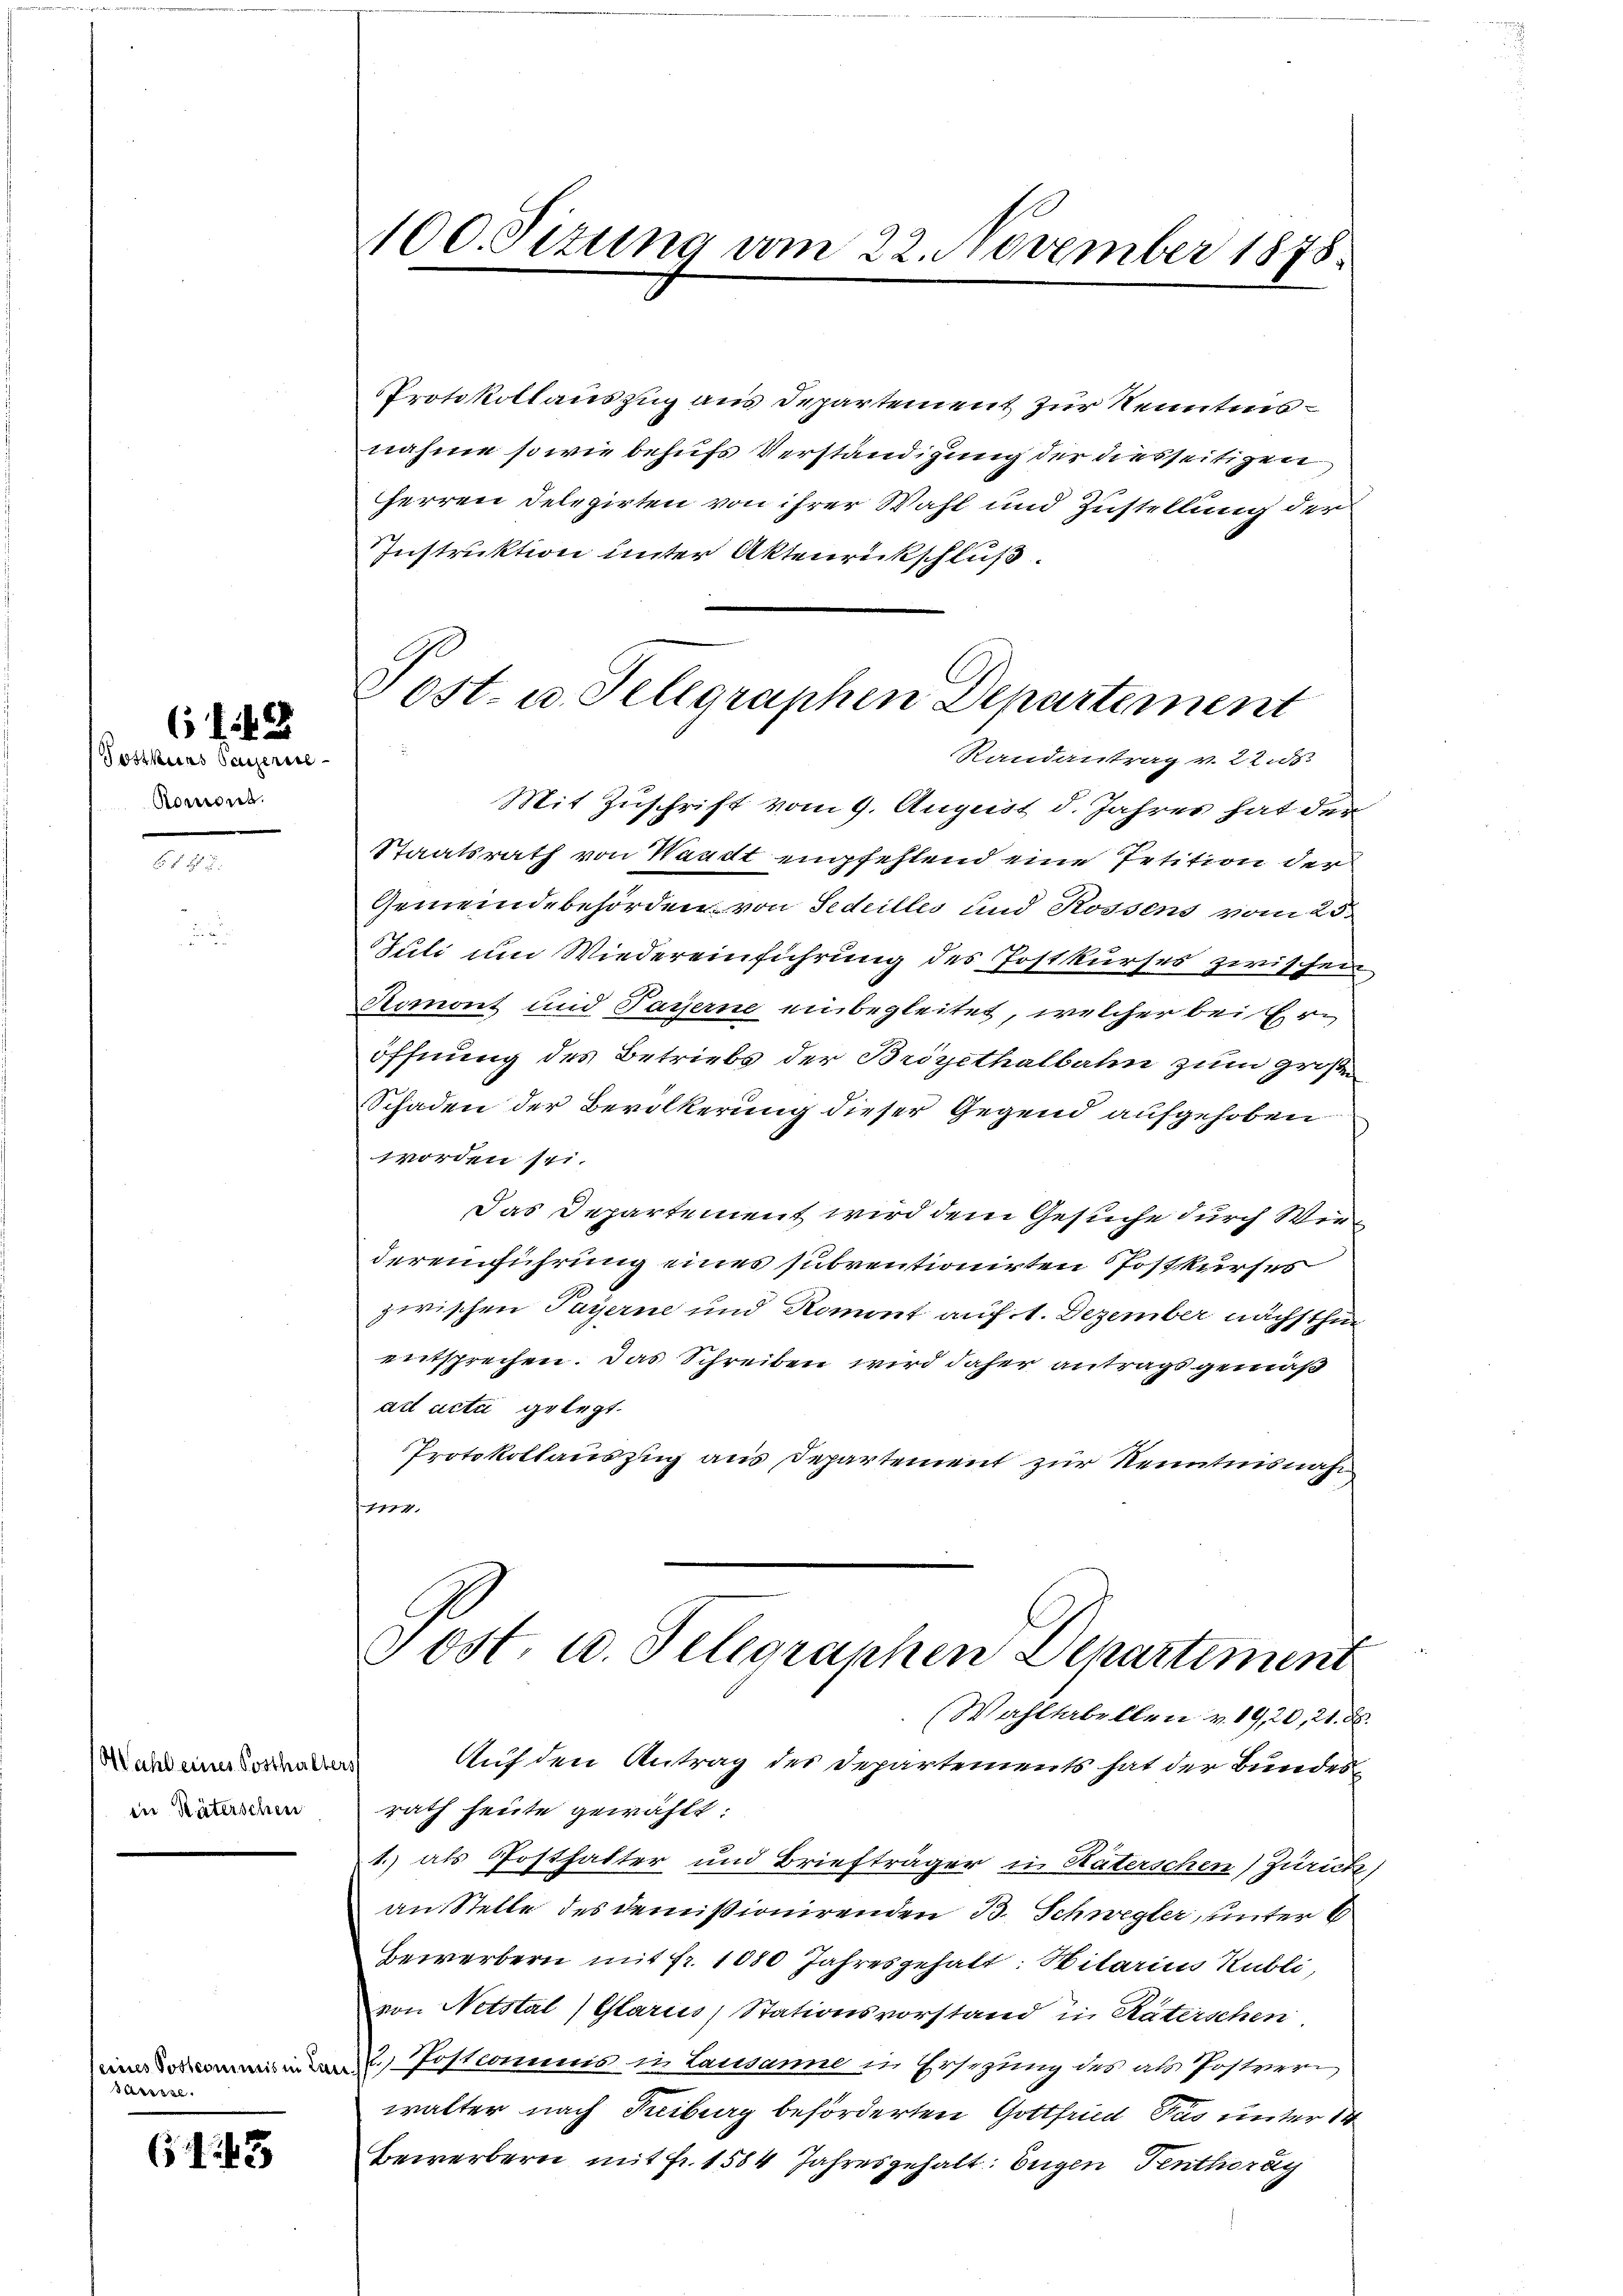
(Postkurs Sauserie
Romont.

643

Mahl eines Sosthalters
in Räterschen

Bärssse

643

Protokollauszug aus Departement zur Kenntnisnahme so wie behufs Verständigung der diesseitigen
Herren Delegirten von ihrer Wahl und Zustellung der
Instruktion unter Aktenrückschluß.
Mit Zuschrift vom 9. August d. Jahrer hat der
Staatsrath von Waadt empfehlend eine Petition der
Gemeindebehörden von Sedeilles und Rossens vom 25.
Juli um Wiedereinführung des Postkurses zwischen
Romont und Payerne einbegleitet, welcher bei Eröffnung des Betriebs der Broyethalbahn zum große
Schaden der Bevölkerung dieser Gegend aufgehoben
worden sei.
Das Departement wird dem Gesuche durch Windereinführung eines subventionirten Postkurses
zwischen Payerne und Romont auf 1. Dezember nächschen
entsprechen. Das Schreiben wird daher antrags gemäß
ad acti gelegt.
Protokollauszug aus Departement zur Kenntnisnahm
.
Tost. u. Telegraphen Departement
(Wahltabellen v. 19, 20, 21. d.
Auf den Antrag des Departements hat der Bundesrath heute gewählt
1.) als Posthalter und Briefträger in Katerschen) Zürich
an Stelle des demissionirenden B. Schwegler, unter 6
Bewerbern mit fr. 1880 Jahresgehalt: Hitarius Kubli,
von Notstal) Glarus, Stationsvorstand in Räterschen
 Postcomunis in Lausanne in Ersezung des als Postver
walter nach Treiburg beförderten Gottfrid Fus unter 14
Bewerbern mit Fr. 1584 Jahresgehalt: Eugen Tenthoray

100. Sizung am 22. November 1878.

Post- u. Telegraphen Departement
Randantrag v. 22. ds.

2